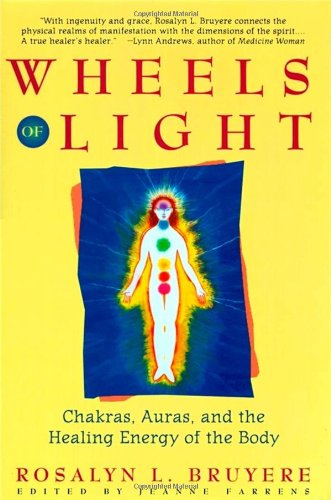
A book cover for Wheels of Light: Chakras, Auras, and the Healing Energy of the Body; Rosalyn Bruyere; Religion & Spirituality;